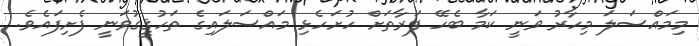
މިމައްސަލަ މިހާރު ވަނީ ކަމާ ބެހޭ ފަރާތަށް ހުށަހެޅި މައްސަލައިގެ ތަހުޤީގުވަނީ ފެށިފައެވެ.